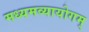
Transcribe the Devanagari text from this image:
मध्यमव्यायोगम्